Scottish Leaving Certificate Examination, 1952
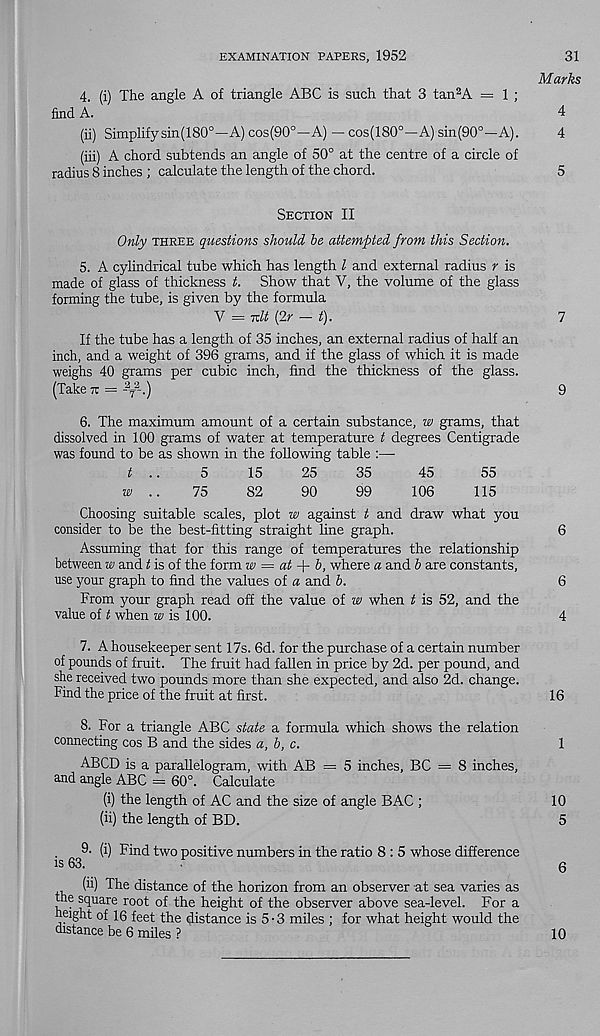
EXAMINATION PAPERS, 1952
31
Marks
4. (i) The angle A of triangle ABC is such that 3 tan 2 A = 1 ;
find A.
4
(ii) Simplifysin(180°—A) cos(90°—A) — cos(180°—A) sin(90°—A).
4
(iii) A chord subtends an angle of 50° at the centre of a circle of
radius 8 inches ; calculate the length of the chord.
5
Section II
Only three questions should he attempted from this Section.
5. A cylindrical tube which has length l and external radius r is
made of glass of thickness t. Show that V, the volume of the glass
forming the tube, is given by the formula
V = Tilt (2r — t).
7
If the tube has a length of 35 inches, an external radius of half an
inch, and a weight of 396 grams, and if the glass of which it is made
weighs 40 grams per cubic inch, find the thickness of the glass.
(Take n = - a
7
2 -.)
9
6. The maximum amount of a certain substance, w grams, that
dissolved in 100 grams of water at temperature t degrees Centigrade
was found to be as shown in the following table :—
t ..
5
15
25
35
45
55
w ..
75
82
90
99
106
115
Choosing suitable scales, plot w against t and draw what you
consider to be the best-fitting straight line graph.
6
Assuming that for this range of temperatures the relationship
between w and t is of the form w = at b, where a and b are constants,
use your graph to find the values of a and b.
6
From your graph read off the value of w when t is 52, and the
value of t when w is 100.
4
7. A housekeeper sent 17s. 6d. for the purchase of a certain number
of pounds of fruit. The fruit had fallen in price by 2d. per pound, and
she received two pounds more than she expected, and also 2d. change.
Find the price of the fruit at first.
16
8. For a triangle ABC state a formula which shows the relation
connecting cos B and the sides a, b, c.
1
ABCD is a parallelogram, with AB = 5 inches, BC = 8 inches,
and angle ABC = 60°. Calculate
(i) the length of AC and the size of angle BAC ;
10
(ii) the length of BD.
5
9. (i) Find two positive numbers in the ratio 8 : 5 whose difference
is 63.
(ii) The distance of the horizon from an observer at sea varies as
the square root of the height of the observer above sea-level. For a
height of 16 feet the distance is 5-3 miles ; for what height would the
distance be 6 miles ?
10